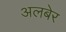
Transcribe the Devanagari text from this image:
अलबेर